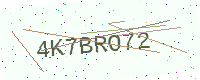
Text: 4K7BRO72